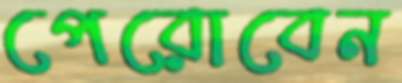
পেরোবেন